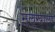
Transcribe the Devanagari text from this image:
मुलुखाला